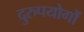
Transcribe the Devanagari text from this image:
दुरुपयोगों